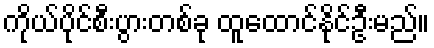
ကိုယ်ပိုင်စီးပွားတစ်ခု ထူထောင်နိုင်ဦးမည်။